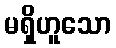
မရှိဟူသော